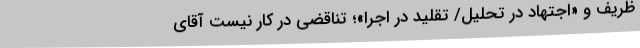
ظریف و «اجتهاد در تحلیل/ تقلید در اجرا»؛ تناقضی در کار نیست آقای